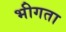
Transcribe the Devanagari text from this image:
भीगता